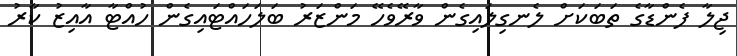
ޖިލާ ފެންޑާގެ ތަބަކަށް ލެނގިލައިގެން ވާރޭވެހޭ މަންޒަރު ބަލަހައްޓައިގެން ހުއްޓާ އާއިޒު ކާރު